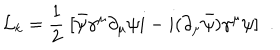
{ \cal L } _ { k } = \frac { 1 } { 2 } \; [ \bar { \psi } \gamma ^ { \mu } \partial _ { \mu } \psi i - i ( \partial _ { \mu } \bar { \psi } ) \gamma ^ { \mu } \psi ] \; \; .